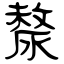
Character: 漦